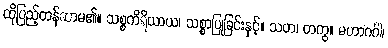
ထိုပြည့်တန်ဆာမ၏။ သစ္စကိရိယာယ၊ သစ္စာပြုခြင်းနှင့်။ သဟ၊ တကွ။ မဟာဂင်္ဂါ၊